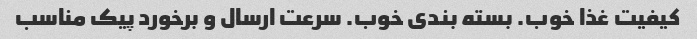
کیفیت غذا خوب. بسته بندی خوب. سرعت ارسال و برخورد پیک مناسب